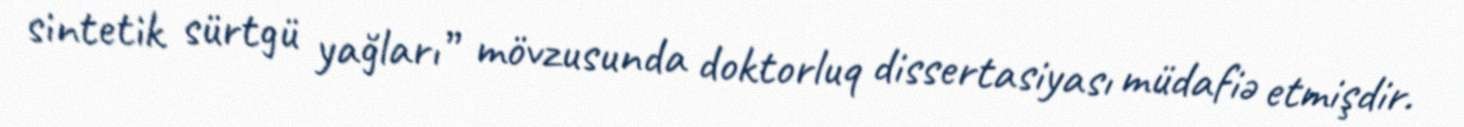
sintetik sürtgü yağları” mövzusunda doktorluq dissertasiyası müdafiə etmişdir.